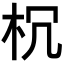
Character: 𣏝